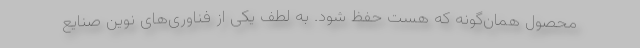
محصول همان‌گونه که هست حفظ شود. به لطف یکی از فناوری‌‌های نوین صنایع